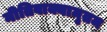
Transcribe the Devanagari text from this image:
नीतिवाक्यामृतम